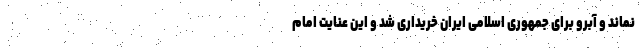
نماند و آبرو برای جمهوری اسلامی ایران خریداری شد و این عنایت امام